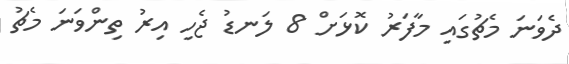
ދެވަނަ މެޗުގައި މާފަރު ކޮޅަށް 8 ލަނޑު ޖެހި އިރު ތިންވަނަ މެޗު